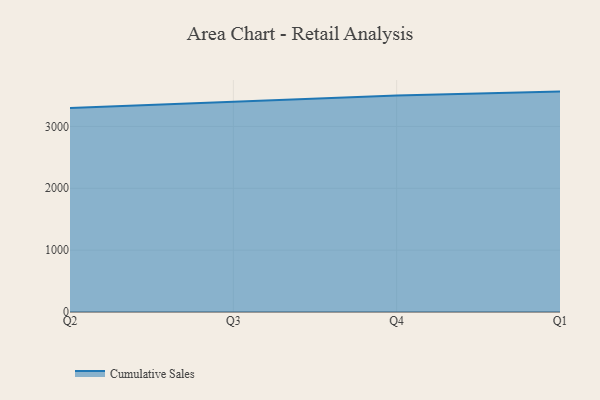
{"axis": {"x": "Quarter", "y": "Temperature (°C)"}, "legend": ["Cumulative Sales"], "data": [{"x": "Q2", "y": 3297.5, "type": "Cumulative Sales"}, {"x": "Q3", "y": 3394.7, "type": "Cumulative Sales"}, {"x": "Q4", "y": 3500.6, "type": "Cumulative Sales"}, {"x": "Q1", "y": 3563.0, "type": "Cumulative Sales"}]}